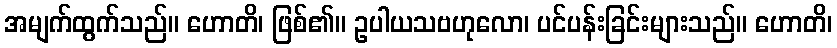
အမျက်ထွက်သည်။ ဟောတိ၊ ဖြစ်၏။ ဥပါယသဗဟုလော၊ ပင်ပန်းခြင်းများသည်။ ဟောတိ၊